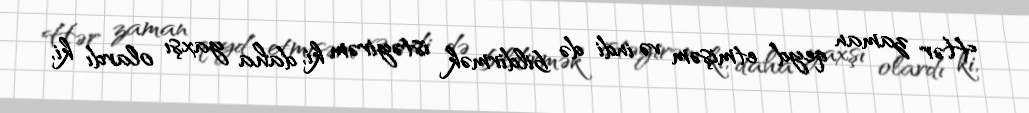
Hər zaman qeyd etmişəm və indi də bildirmək istəyirəm ki, daha yaxşı olardı ki,